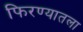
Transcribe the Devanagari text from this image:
फिरण्यातला